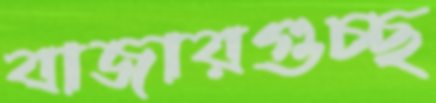
বাজারগুচ্ছ